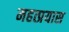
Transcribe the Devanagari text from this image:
महत्प्रयास